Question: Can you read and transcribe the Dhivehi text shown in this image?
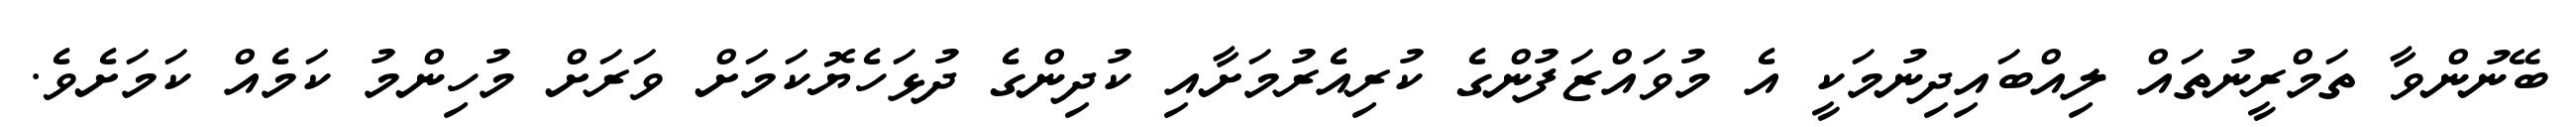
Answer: ބޭނުންވާ ތަމްރީނުތައް ލިއްބައިދިނުމަކީ އެ މުވައްޒަފުންގެ ކުރިއެރުމަށާއި ކުދިންގެ ދުޅަހެޔޮކަމަށް ވަރަށް މުހިންމު ކަމެއް ކަމަށެވެ.